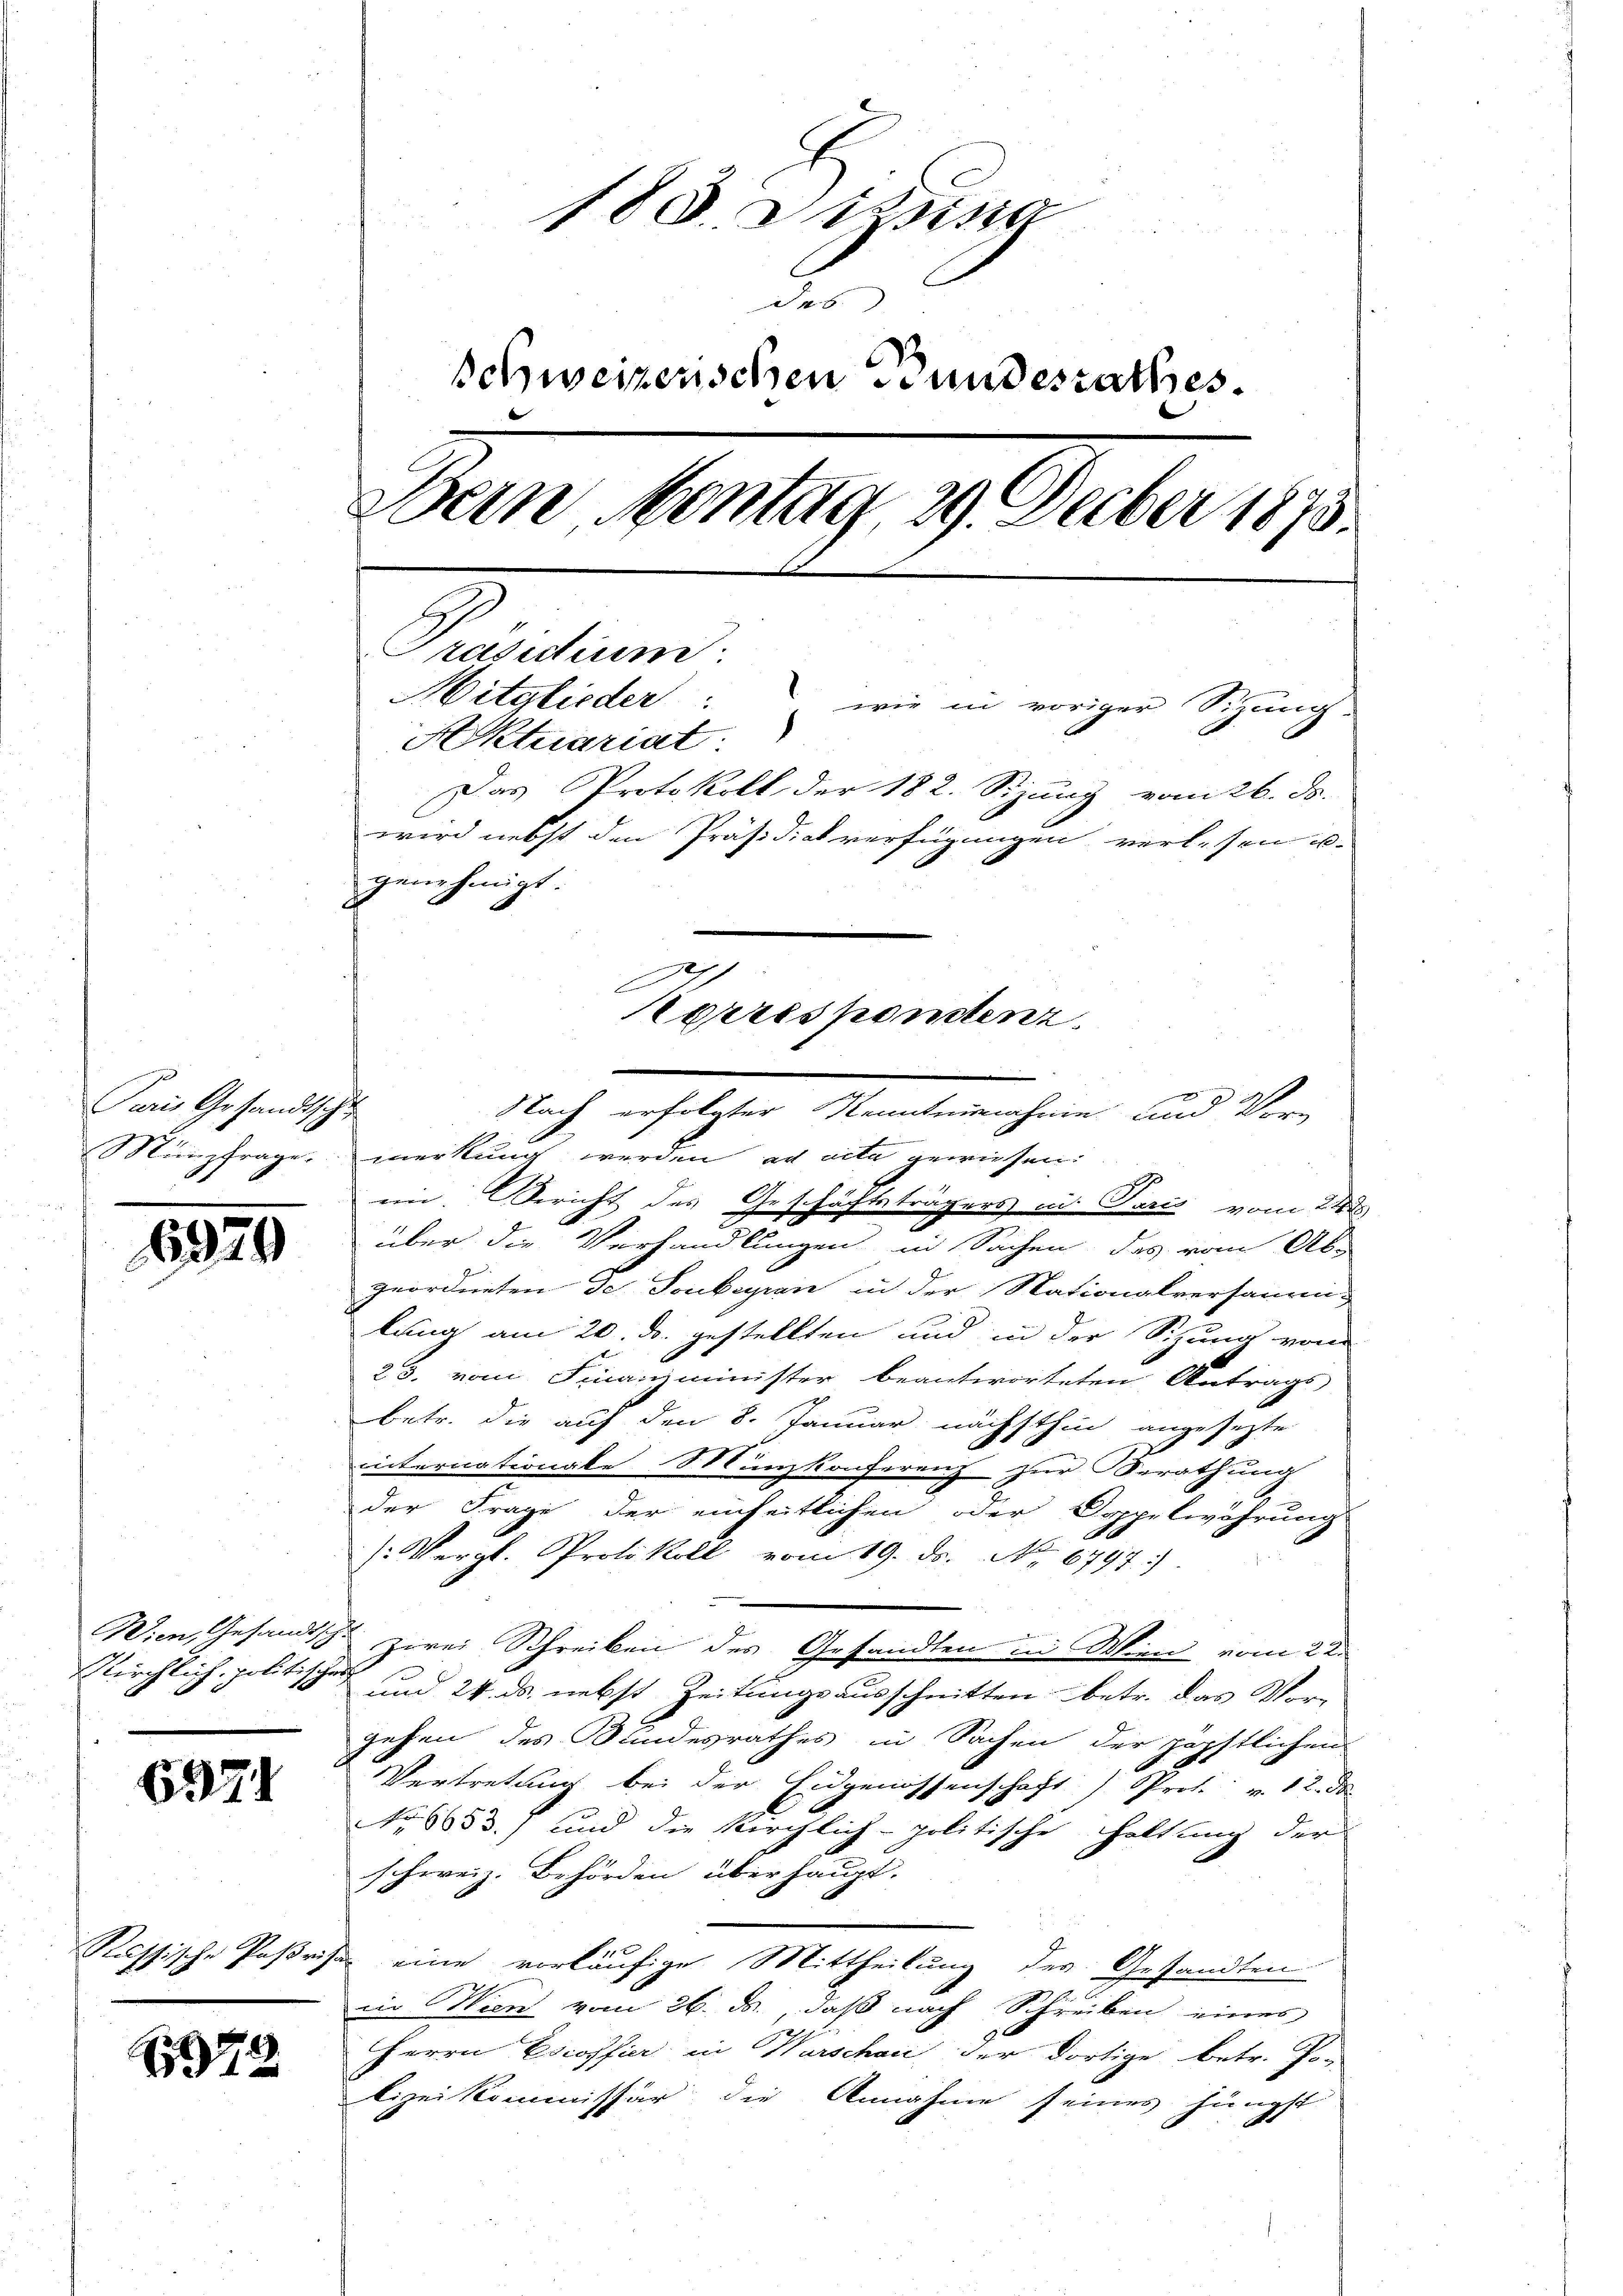
Puris Gesandtsc
Münzfrage.

6979

Wien, Gesandtsch
Kirchlich politische

6374

Russische Patriz

72

180. Sinna
schweizerischen Stundesrathes
Dein Montag, 29. Decber 1875.
Präsidium.
Mitglieder
wie in voriger Sizung.
Aktuariat
Das Protokoll der 182. Sizung vom 26. ds.
wird nebst den Präsidialverfügungen verlesen u.
genehmigt.
A
orrespontenz.

.
Nach erfolgter Kenntnisnahme und Vor-
merkung werden ad acta gewiesen:
1
ein. Bericht des Geschäftsträgers in Paris vom 24s
über die Verhandlungen in Sachen, das vom Abs
geordneten de Tonkeyren in der Nationalversamm-
lung am 20. ds. gestellten und in der Sitzung von
23. vom Finanzminister beantworteten Antrags
betr. die auf den 8. Januar nächsthin angesezte
internationale Münzkonferenz zur Berathung
der Frage der einheitlichen oder Doppelwöhrung
/: Vergl. Protokoll vom 19. ds. No 6797)
Zwei Schreiben des Gesandten in Wien vom 22.
und 24. ds. nebst Zeitungsausschnitten betr. das Vorgehen des Kundesrathes in Sachen der päpstlichen
Vertretung bei der Eidgenossenschaft Prof. v. 12. de
No 6653.) und die Kirchlich-politische Haltung der
schweiz. Behörden überhaupt.
eine vorläufige Mittheilung des Gesandten
in Wien vom 26. ds., daß nach Schreiben eines
Herrn Escossier in Warschau der dortige betr. Jo-
lizeikommissär die Annahme seines jüngst